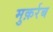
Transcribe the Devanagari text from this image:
मुक़र्रब